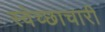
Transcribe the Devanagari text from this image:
स्‍वेच्‍छाचारी